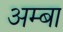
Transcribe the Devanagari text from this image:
अम्‍बा